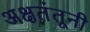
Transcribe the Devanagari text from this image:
अक्षतंतूनी